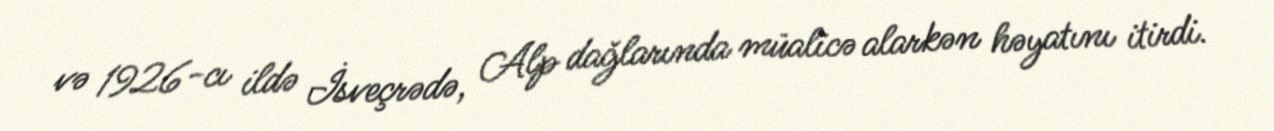
və 1926-cı ildə İsveçrədə, Alp dağlarında müalicə alarkən həyatını itirdi.